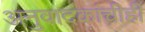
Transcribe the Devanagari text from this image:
अनुवादकांचीही